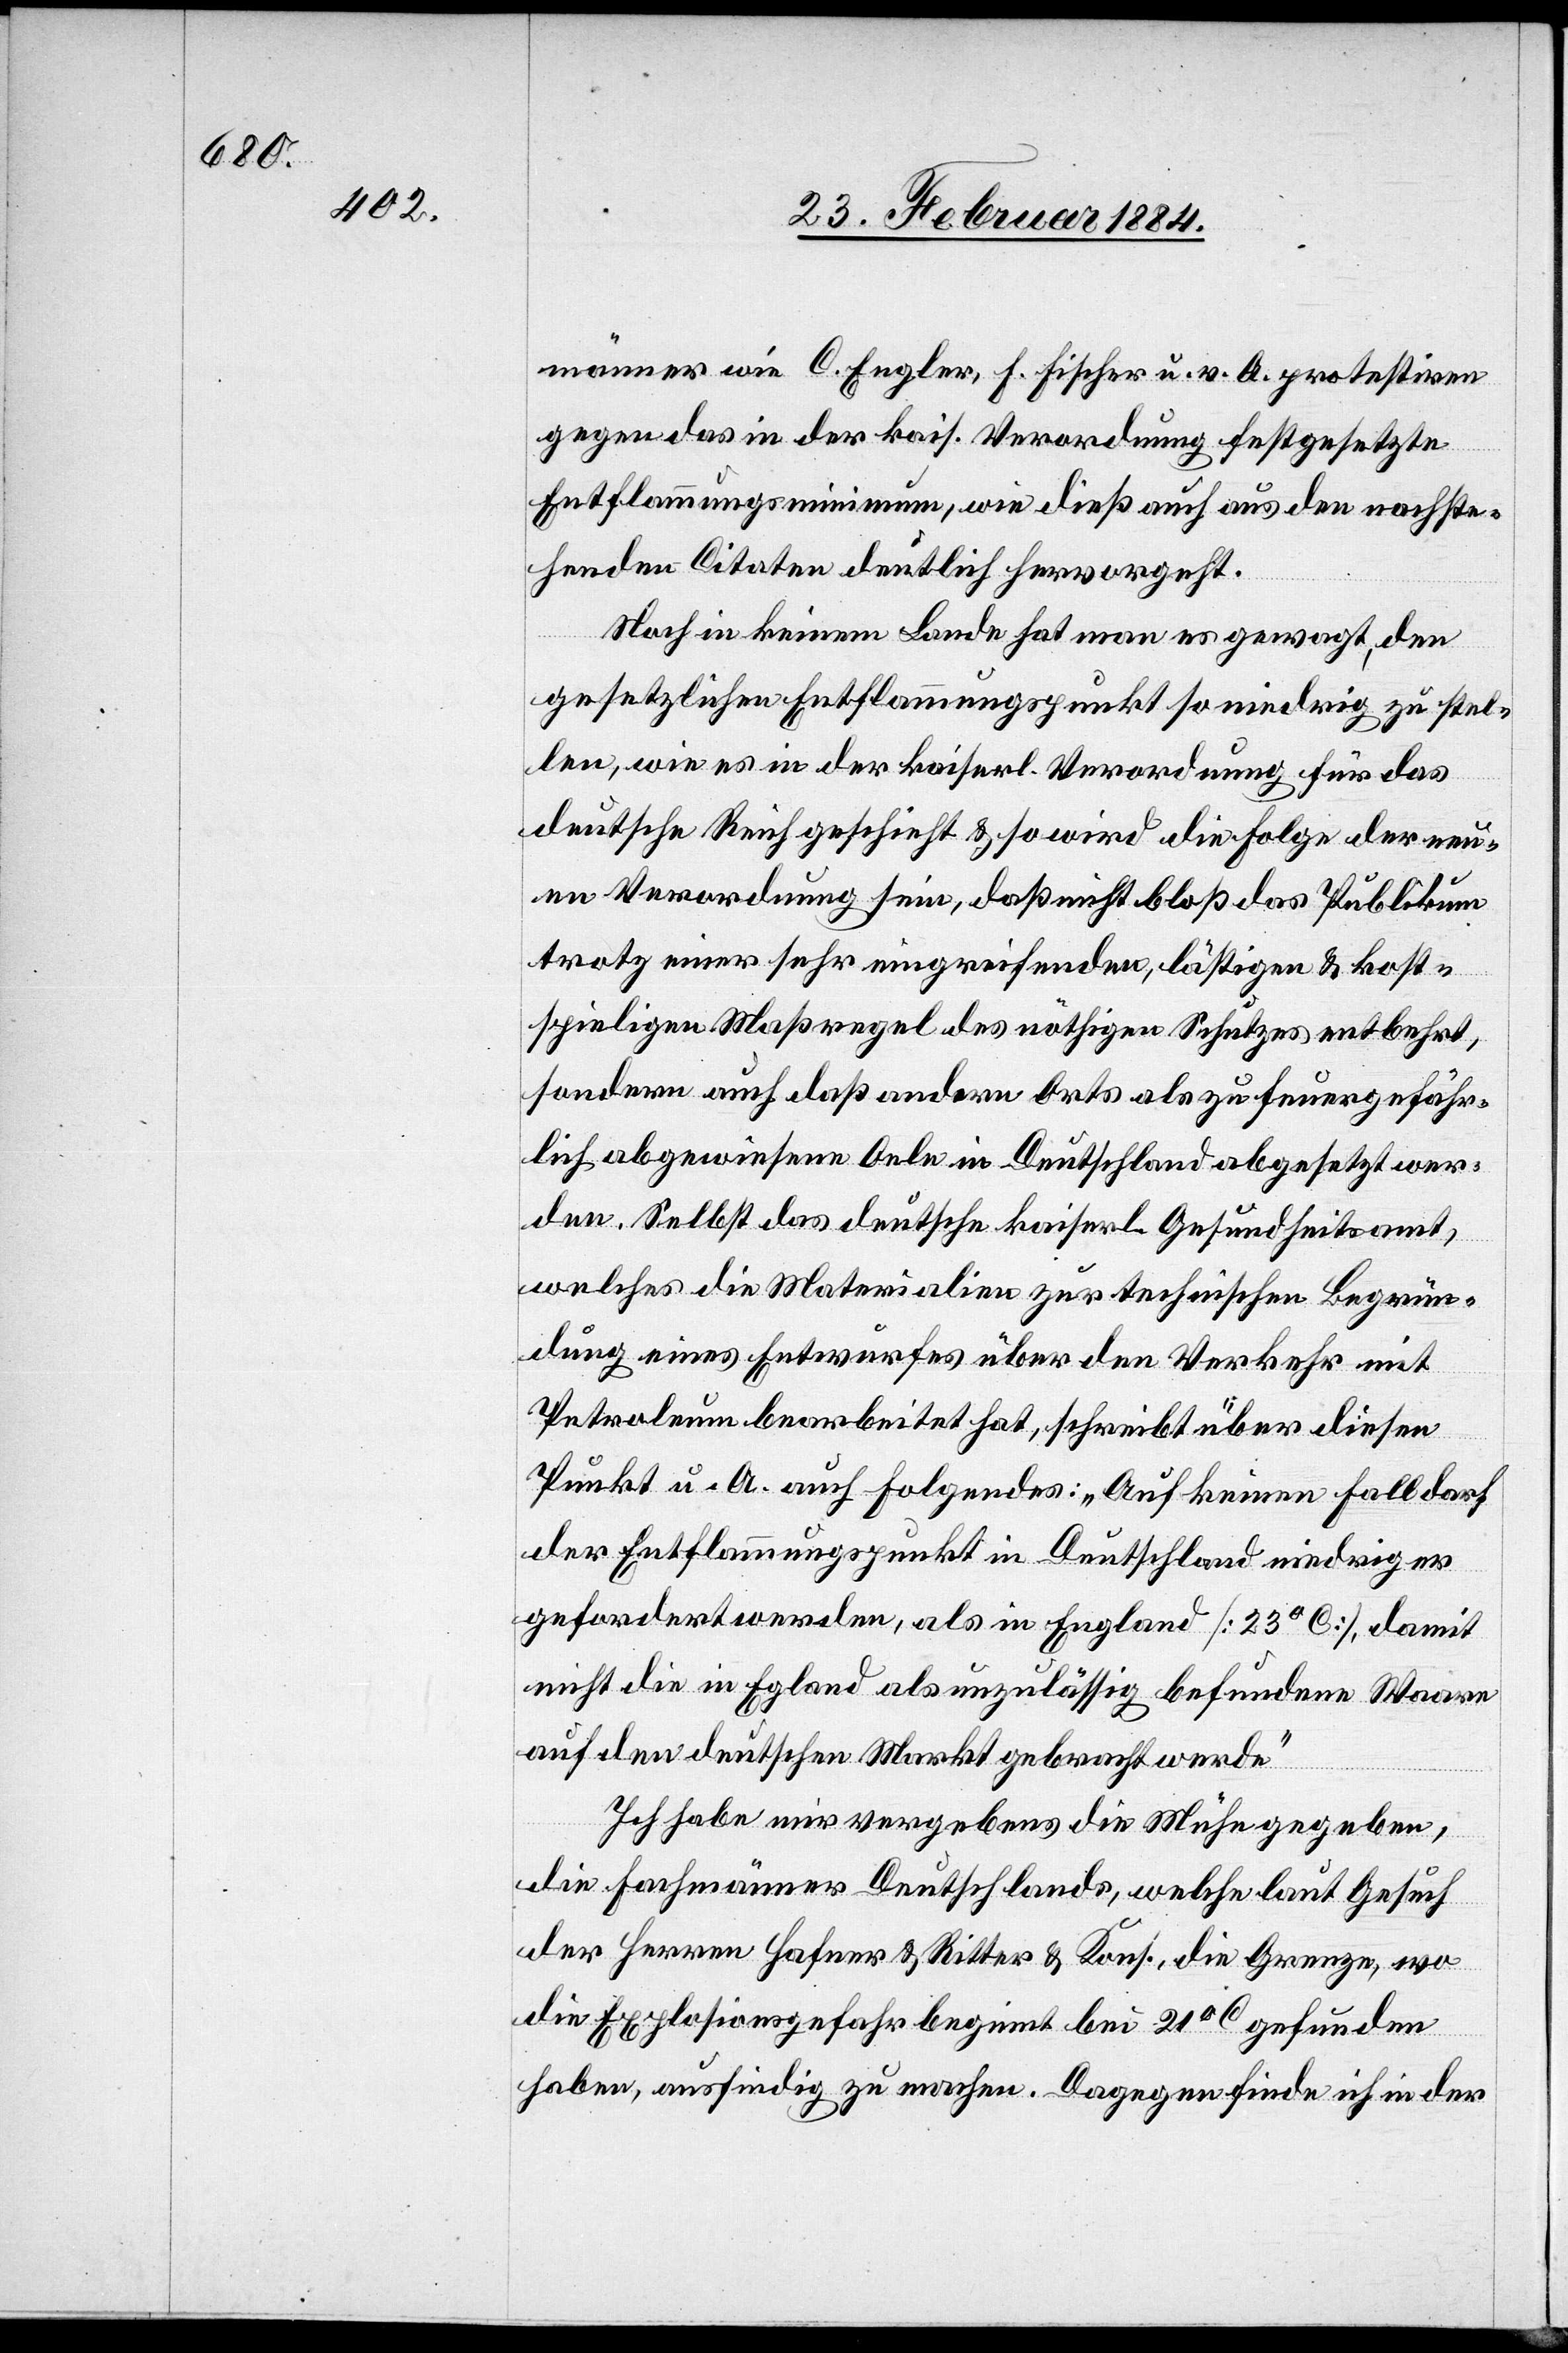
männer wie C. Engler, F. Fischer u. v. A. protestirten
gegen das in der kais. Verordnung festgesetzte
Entflammungsminimum, wie dieß auch aus den nachste¬
henden Citaten deutlich hervorgeht.
Noch in keinem Lande hat man es gewagt, den
gesetzlichen Entflammungspunkt so niedrig zu stel¬
len, wie es in der kaiserl. Verordnung für das
deutsche Reich geschieht & so wird die Folge der neu¬
en Verordnung sein, daß nicht bloß das Publikum
trotz einer sehr eingreifenden, lästigen & kost¬
spieligen Maßregel des nöthigen Schutzes entbehrt,
sondern auch daß andern Orts als zu feuergefähr¬
lich abgewiesene Oele in Deutschland abgesetzt wer¬
den. Selbst das deutsche kaiserl. Gesundheitsamt,
welches die Materialien zur technischen Begrün¬
dung eines Entwurfes über den Verkehr mit
Petroleum bearbeitet hat, schreibt über diesen
Punkt u. A. auch Folgendes: „Auf keinen Fall darf
der Entflammungspunkt in Deutschland niedriger
gefordert werden, als in England [23° C], damit
nicht die in England als unzulässig befundene Waare
auf den deutschen Markt gebracht werde.“
Ich habe mir vergebens die Mühe gegeben,
die Fachmänner Deutschlands, welche laut Gesuch
der Herren Hafner & Ritter & Kons., die Grenze, wo
die Explosionsgefahr beginnt bei 21° C gefunden
haben, ausfindig zu machen. Dagegen finde ich in der